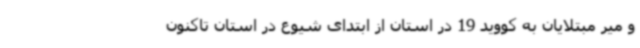
و میر مبتلایان به کووید 19 در استان از ابتدای شیوع در استان تاکنون